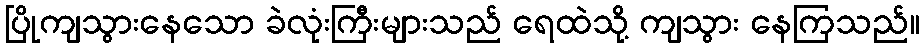
ပြိုကျသွားနေသော ခဲလုံးကြီးများသည် ရေထဲသို့ ကျသွား နေကြသည်။